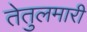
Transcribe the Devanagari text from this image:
तेतुलमारी